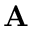
{ \bf A }